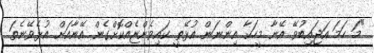
"މަ ހަމަ އަޖައިބުވޭ އޭނާ މީހަކާ އިންނަން އުޅޭތީ ކައިވެންޏެއްކޮށްގެން އޭނާއަށް އުޅެވޭނެތަ